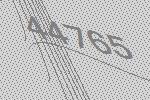
44765